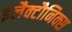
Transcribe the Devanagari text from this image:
इलैक्टौनिक्स